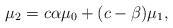
LaTeX: \begin{gather*}\mu_{2}=c\alpha\mu_{0}+(c-\beta) \mu_{1},\end{gather*}